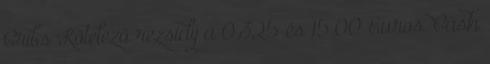
Cribs Kötelező rezsidíj a 0.325 és 15.00 Euros. Cash